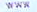
WWW